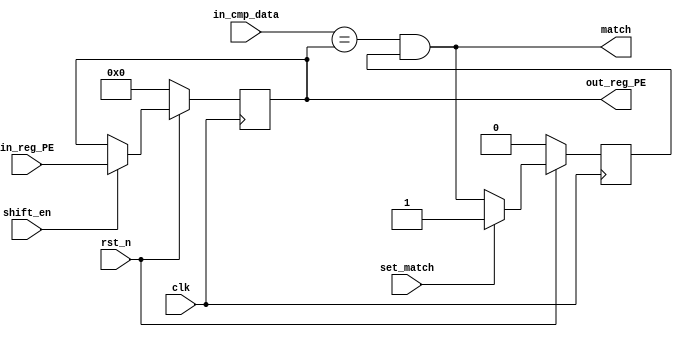
//`include "gzip_pkg.v"
//import gzip_pkg::*;

module reg_PE
   #(
    parameter DATA_WIDTH = 8
    )
    (
    // Module inputs
	input clk,
	input rst_n,
	input [DATA_WIDTH-1:0] in_reg_PE,
    input [DATA_WIDTH-1:0] in_cmp_data,
    input shift_en,
	input set_match,

	// Module outputs
	output reg [DATA_WIDTH-1:0] out_reg_PE,
    output match
    );

	// Combinational logic
	wire compare_result;
	
	// Registers
    reg match_ff;
	
	// This registers copies the input data if shift_en is set
    always @(posedge clk)
        if (!rst_n)        out_reg_PE[DATA_WIDTH-1:0] <= 8'b0;
        else if (shift_en) out_reg_PE[DATA_WIDTH-1:0] <= in_reg_PE[DATA_WIDTH-1:0];

	// This element creates the match signal. If the compare data equals the input data and if the output_en is 0 
	assign compare_result = (in_cmp_data == out_reg_PE);
	
    always @(posedge clk)
        if (!rst_n)          match_ff <= 0;
	    else if (set_match)  match_ff <= 1;
		else                 match_ff <= match;  // hold the value of the previous match result
		
	assign match = compare_result & match_ff;
	 
endmodule